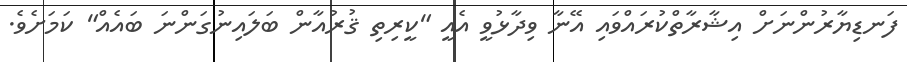
ފަނޑިޔާރުންނަށް އިޝާރާތްކުރައްވައި އޭނާ ވިދާޅުވީ އެއީ "ކީރިތި ޤުރުއާން ބަލައިނުގަންނަ ބައެއް" ކަމަށެވެ.